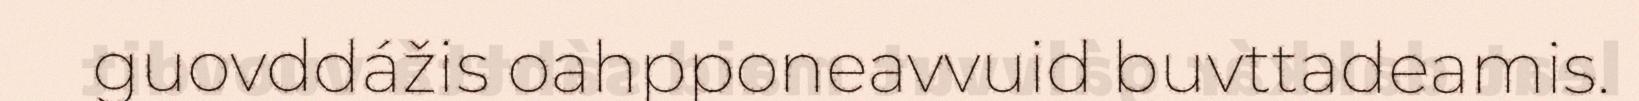
guovddážis oahpponeavvuid buvttadeamis.